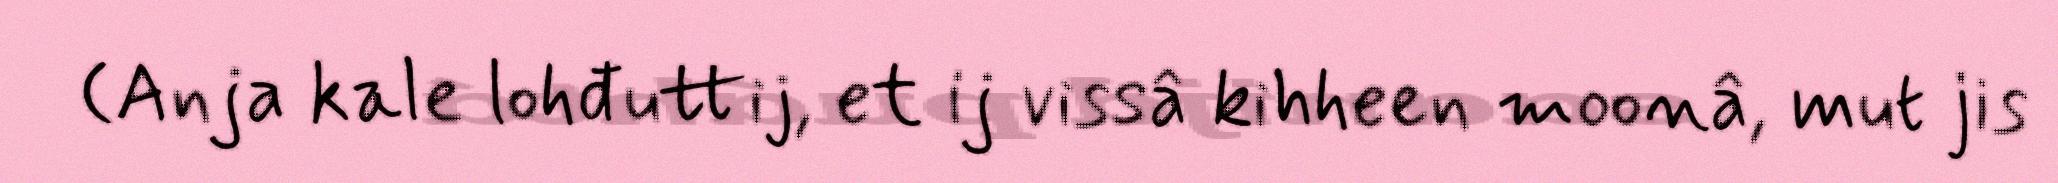
(Anja kale lohđuttij, et ij vissâ kihheen moonâ, mut jis